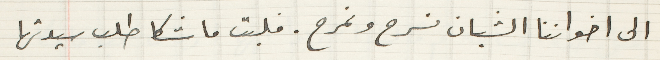
الى اخواننا الشبان نسرح ونمرح. فلبت ماشكا طلب سيدتها